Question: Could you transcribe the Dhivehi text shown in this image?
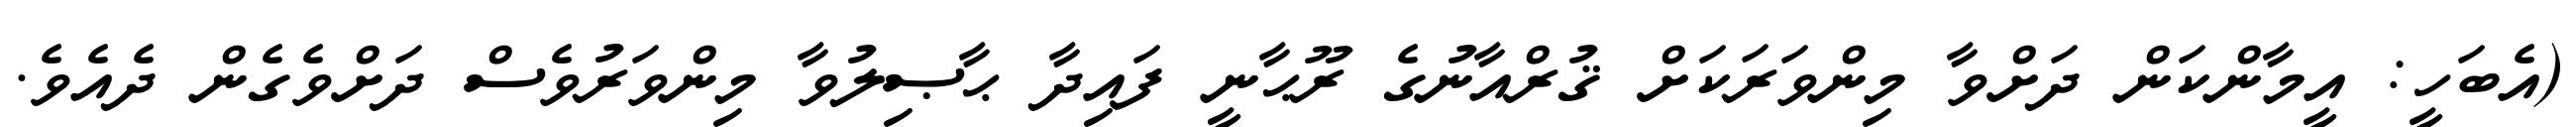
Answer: (އެބަހީ: އީމާންކަން ދަށްވާ މިންވަރަކަށް ޤުރްއާނުގެ ރޫޙާނީ ފައިދާ ޙާޞިލުވާ މިންވަރުވެސް ދަށްވެގެން ދެއެވެ.